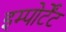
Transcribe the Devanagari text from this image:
इम्पोर्टेंट